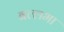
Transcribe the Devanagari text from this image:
बल्लभा